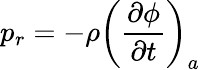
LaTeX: p_{r}=-\rho\left(\frac{\partial\phi}{\partial t}\right)_{a}